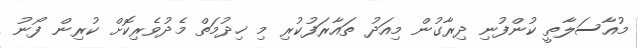
މުއާސަލާތީ ކުންފުނި ދިރާގުން މިއަދު ތައާރަފުކުރި މި ޚިދުމަތް މެދުވެރިކޮށް ކުރިން ފޯނު